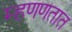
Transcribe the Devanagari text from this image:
म्हणणतात